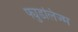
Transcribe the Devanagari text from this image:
फ्युडलिज्म